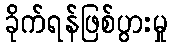
ခိုက်ရန်ဖြစ်ပွားမှု